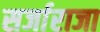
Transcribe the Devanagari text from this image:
सर्जाराजा